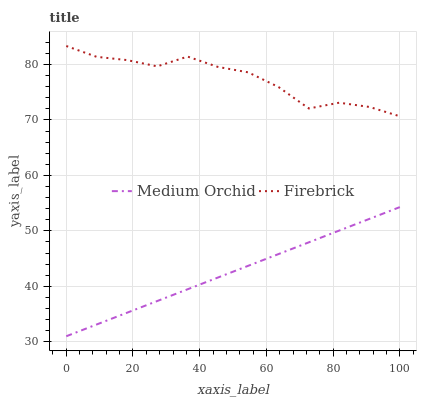
| xaxis_label | Medium Orchid | Firebrick |
 | --- | --- | --- |
 | 0 | 31 | 83.3 |
 | 9.09 | 33.1 | 81.4 |
 | 18.2 | 35.2 | 80.8 |
 | 27.3 | 37.4 | 79.7 |
 | 36.4 | 39.5 | 81.4 |
 | 45.5 | 41.6 | 79.6 |
 | 54.5 | 43.7 | 78.6 |
 | 63.6 | 45.8 | 75.9 |
 | 72.7 | 47.9 | 72.1 |
 | 81.8 | 50.1 | 73.1 |
 | 90.9 | 52.2 | 72.3 |
 | 100 | 54.3 | 70.7 |